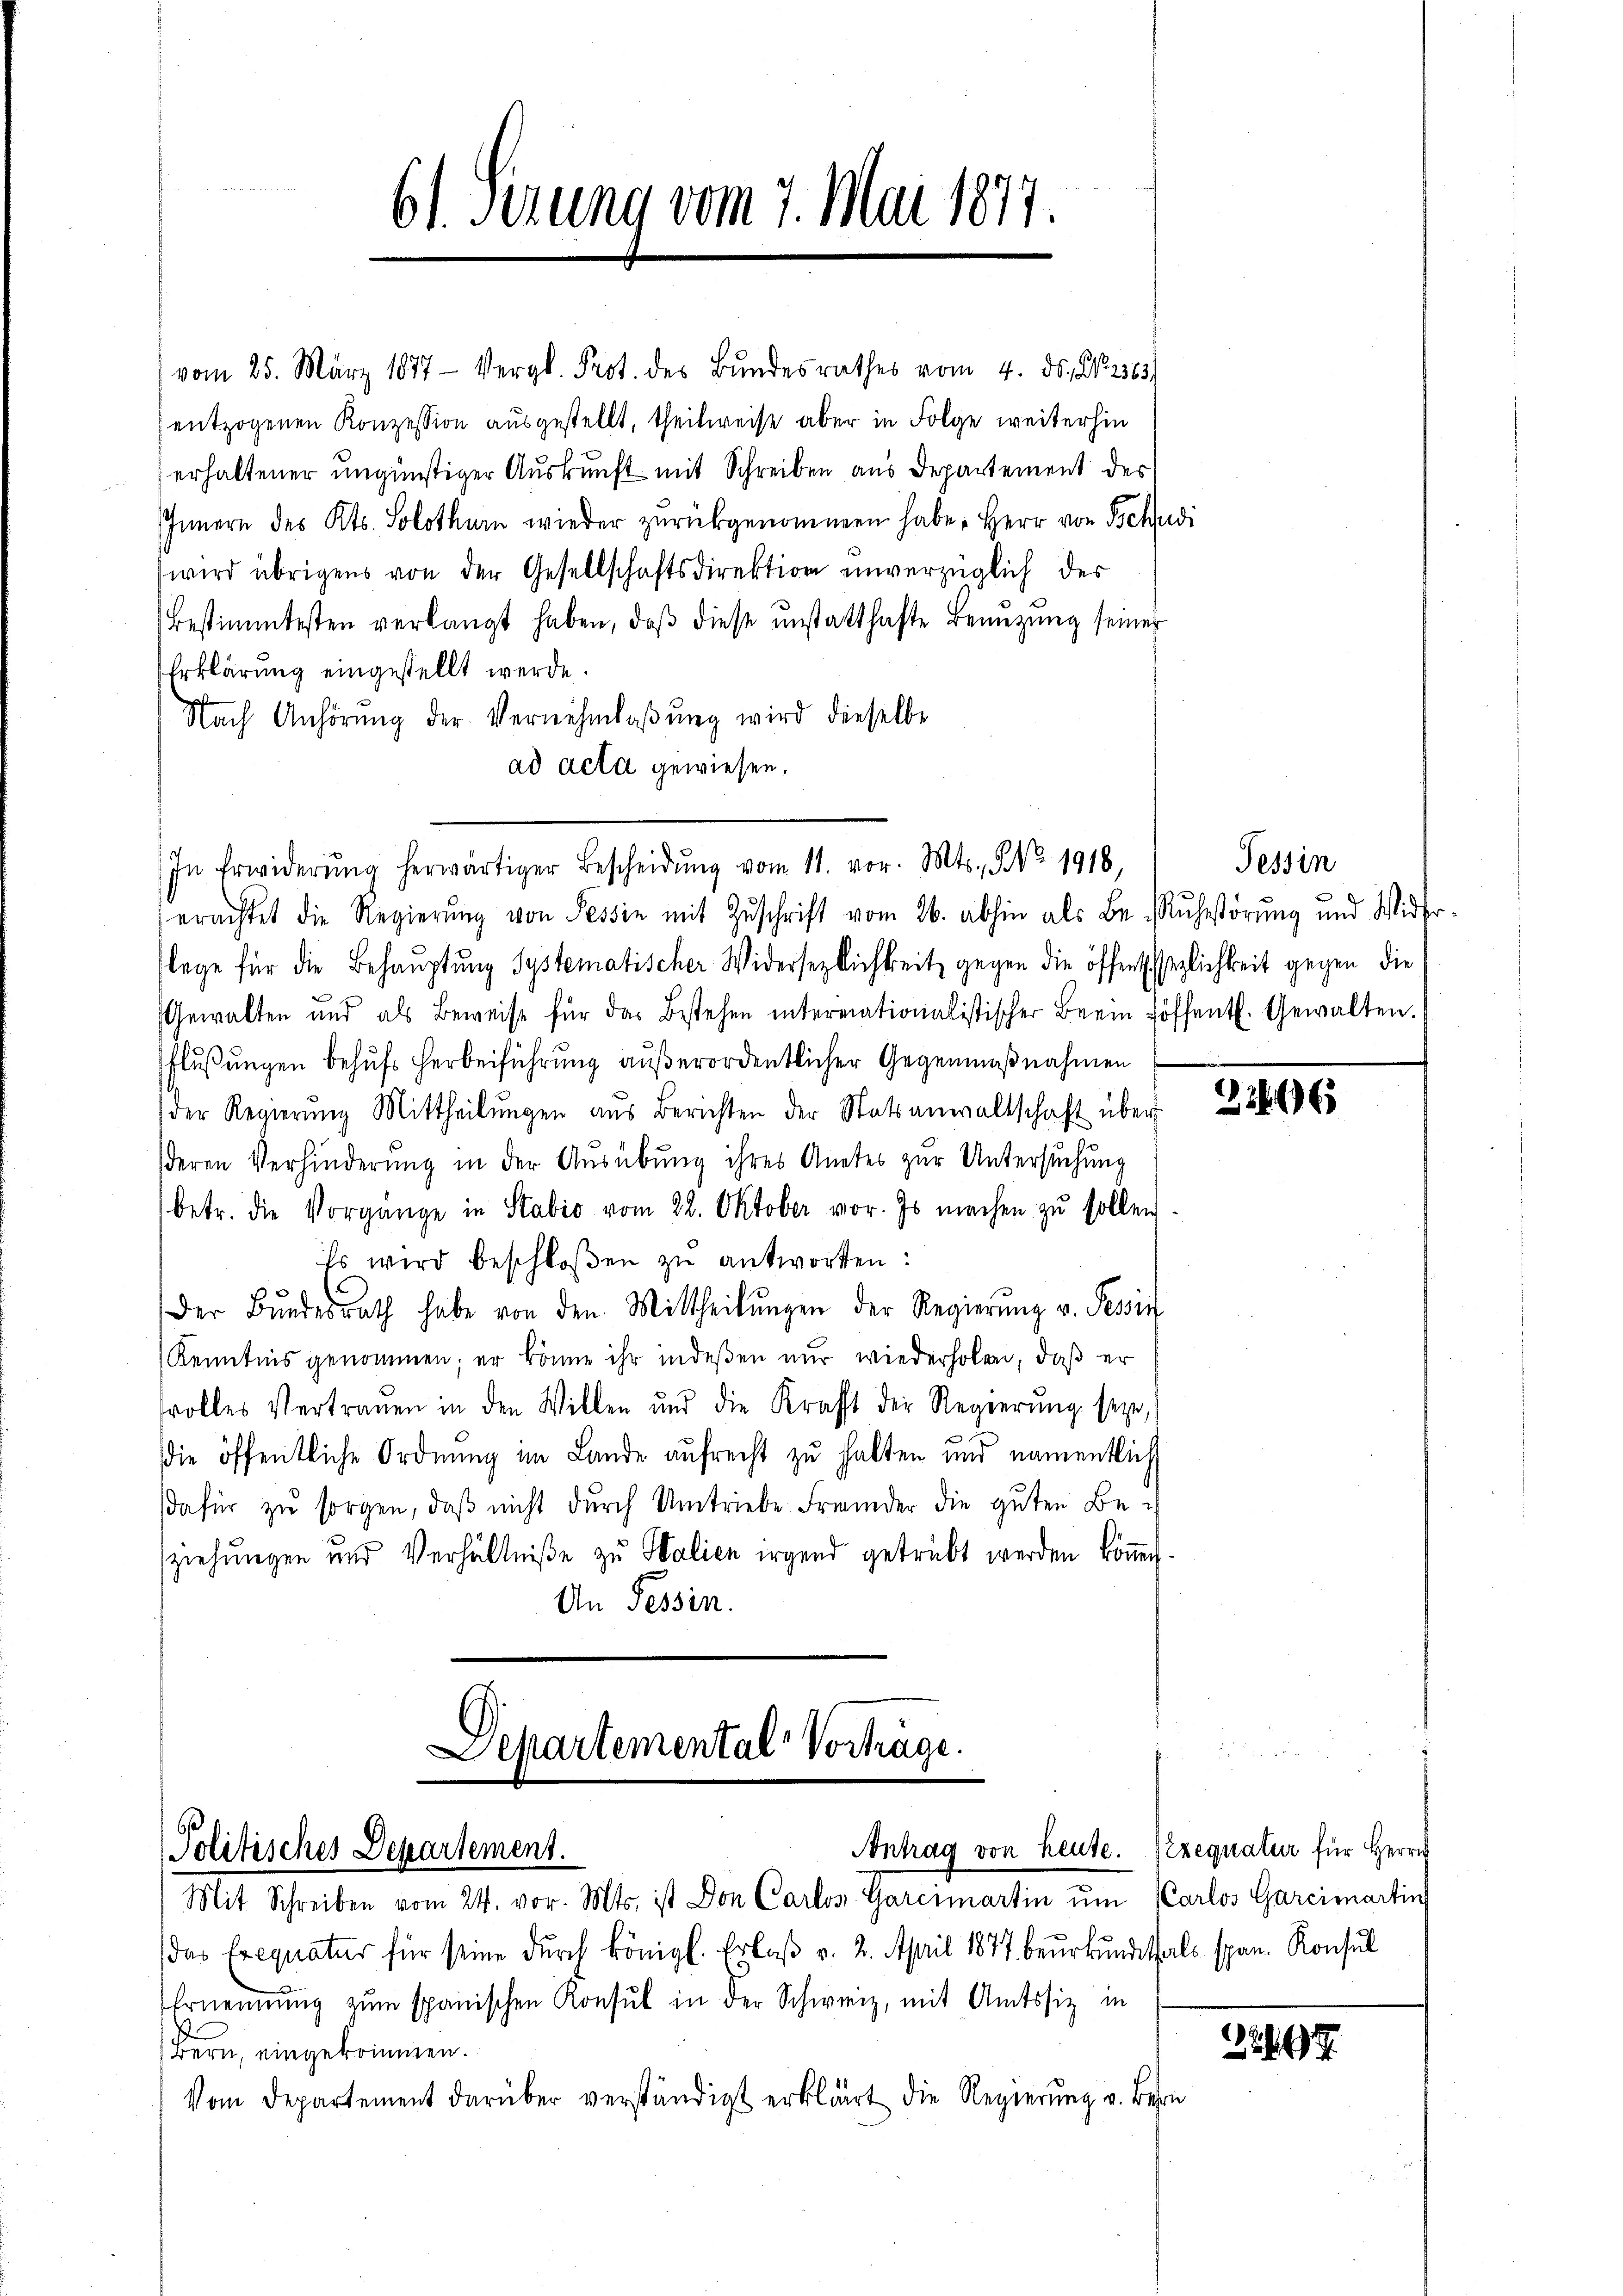
61. Serung vom 7. Mai 1877.

vom 25. März 1877 Vergl. Prot. des Bŭndesrathes vom 4. ds. No. 2363.
entzogenen Konzession ausgestellt, theilweise aber in Folge weiterhin
erhaltener ungünstiger Auskunft mit Schreiben aus Departement des
Innern des Kts. Solothurn wieder zurückgenommen habe, Herr von Tschudi
wird übrigens von der Gesellschaftsdirektion unverzüglich des
Bestimmtesten verlangt haben, daβ diese instatthafte Benŭtzŭng seiner
Erklärung eingestellt werde.
Nach Anhörŭng der Vernehmlaβŭng wird dieselbe
ad acta gewiesen.
erachtet die Regierŭng von Tessin mit Zŭschrift vom 26. abhin als Be- Rŭhestörung und Wider-
lege für die Behauptung Systematischer Widersezlichkeit gegen die öffenthezlichkeit gegen die
Gewalten und als Beweise für das Bestehen intermationalistischer Bern öffentl. Gewalten.
flußungen behufs Herbeiführung außerordentlicher Gegenmaßnahmen
der Regierŭng Mittheilŭngen aus Berichten der Statsanwaltschaft über
deren Verhinderung in der Ausübung ihres Anates zur Untersuchung
betr. die Vorgänge in Stabio vom 22. Oktober vor. Es machen zu sollen.
hr wird beschloßen zu antworten:
Der Bŭndesrath habe von den Mittheilŭngen der Regierŭng v. Tessin
Kenntnis genommen; er könne ihr indeßen nur wiederholen, daß er
srolles Vertrauen in den Willen und die Krafft der Regierŭng seyn,
die öffentliche Ordnung im Lande aufrecht zu halten und namentlich
dafür zu sorgen, daß nicht durch Umtriebe Fremder die guten Beziehungen und Verhältniße zu Salien irgend getrübt werden könne.
An Tessin.

Separtemental Vortrage
Politisches Departement.
Mit Schreiben vom 24. vor. Mts. ist Don Carlos Garcimartin um Carlos Garcimartin

In Erwiderŭng herwärtiger Bescheidŭng vom 11. vor. Mts., Nr. 1918,

(das Exequatur für seine dŭrch königl. Erlaβ v. 2. April 1877 beŭrkŭndet als span. Konsul
Bern, eingekommen.
Vom Departement darüber verständigt erklärt die Regierung v. Bern

Ernennung zum spanischen Konsul in der Schweiz, mit Amtssiz in

Antrag von heute. Exequatur für Herrn

Tessin

2266

267.